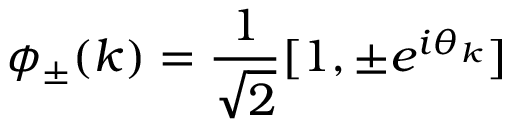
\phi _ { \pm } ( k ) = \frac { 1 } { \sqrt { 2 } } [ 1 , \pm e ^ { i \theta _ { k } } ]